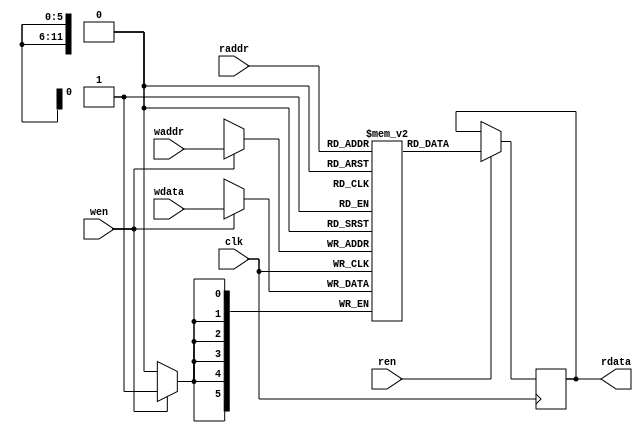

// 6 BRAMS
module tile_memory (
    input clk, wen, ren,
    input [11:0] waddr, raddr,
    input [5:0] wdata,
    output reg [5:0] rdata
);
    reg [5:0] mem [0:4095];   // enough memory for 64x64 map of tiles // uses ~6 BRAMS of Ice40
    always @(posedge clk) begin
      if (ren)
        rdata <= mem[raddr];
      if (wen)
        mem[waddr] <= wdata;
    end
endmodule